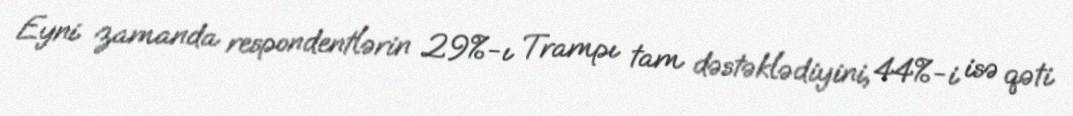
Eyni zamanda respondentlərin 29%-ı Trampı tam dəstəklədiyini, 44%-i isə qəti